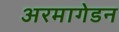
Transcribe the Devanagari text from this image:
अरमागेडन